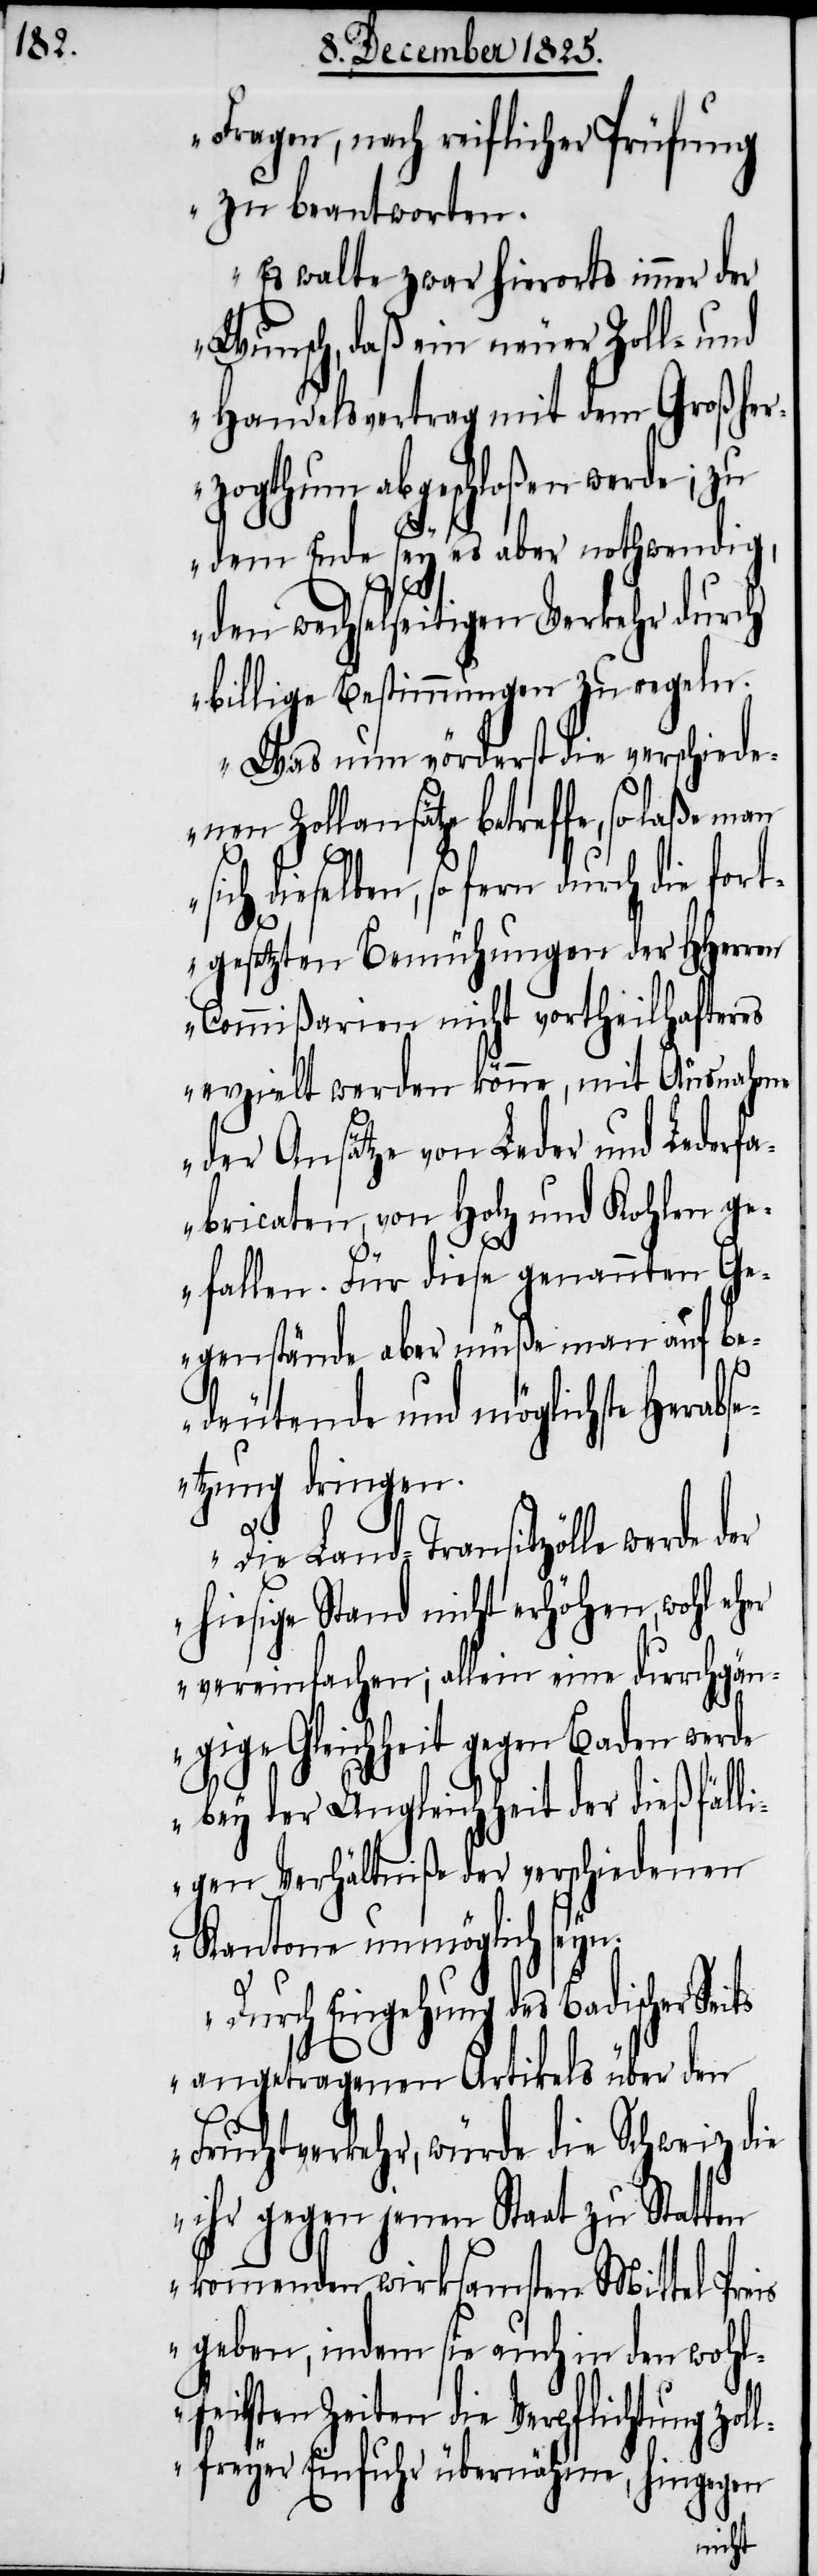
Fragen, nach reiflicher Prüfung
zu beantworten.
Es walte zwar hierorts immer der
Wunsch, daß ein neuer Zoll- und
Handelsvertrag mit dem Großher¬
zogthum abgeschloßen werde; zu
dem Ende sey es aber nothwendig,
wechselseitigen Verkehr du¬
billige Bestimmungen zu regeln.
Was nun vörderst die verschiede¬
nen Zollansätze betreffe, so laße
sich dieselben, so fern durch die fort¬
ts
gesetzten Bemühungen der HHerren
Commißarien nicht vortheilhafteres
erzielt werden könne, mit Ausnahme
der Ansätze von Leder und Lederf¬
abricaten, von Holz und Kohlen ge¬
fallen. Für diese genannten Ge¬
genstände aber müße man auf be¬
deutende und möglichste Herabs¬
etzung dringen.
rch
Die Land-Transitzölle werde der
hiesige Stand nicht erhöhen, wohl
vereinfachen; allein eine durchgän¬
gige Gleichheit gegen Baden werde
bey der Ungleichheit der dießfäll¬
igen Verhältniße der verschiedenen
Kantone unmöglich seyn.
Durch Eingehung des Badischer Sei¬
angetragenen Artikels über den
Fruchtverkehr, würde die Schweiz die
ihr gegen jenen Staat zu Statten
kommenden wirksamsten Mittel Preis
geben, indem sie auch in den wohl¬
feilsten Zeiten die Verpflichtung zol¬
lfreyer Einfuhr übernähme, hingegen